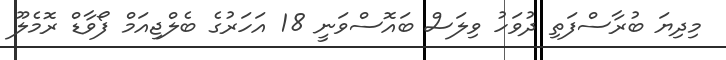
މިދިޔަ ބުރާސްފަތި ދުވަހު ވިލަސް ބައޮސްވަނީ 18 އަހަރުގެ ބެލްޖިއަމް ފޯވާޑް ރޮމެލޫ